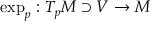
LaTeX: \exp _ { p } : T _ { p } M \supset V \rightarrow M